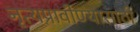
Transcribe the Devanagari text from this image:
नृत्यप्रावीण्यासाठी